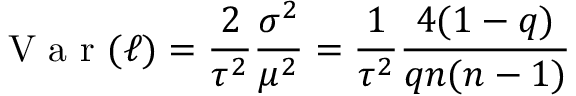
\mathrm { ~ V ~ a ~ r ~ } ( \ell ) = \frac { 2 } { \tau ^ { 2 } } \frac { \sigma ^ { 2 } } { \mu ^ { 2 } } = \frac { 1 } { \tau ^ { 2 } } \frac { 4 ( 1 - q ) } { q n ( n - 1 ) }